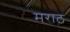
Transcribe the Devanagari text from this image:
मराठ